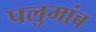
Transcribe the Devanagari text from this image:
पलुमांब